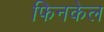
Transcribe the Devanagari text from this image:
फिनकेल